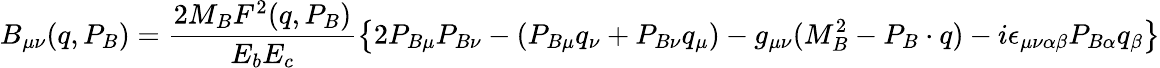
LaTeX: B_{\mu\nu}(q,P_{B})=\frac{2M_{B}F^{2}(q,P_{B})}{E_{b}E_{c}}\left\{ 2P_{B\mu}P_{B\nu}-(P_{B\mu}q_{\nu}+P_{B\nu}q_{\mu})-g_{\mu\nu}(M_{B}^{2}-P_{B}\cdot q)-i\epsilon_{\mu\nu\alpha\beta}P_{B\alpha}q_{\beta}\right\}